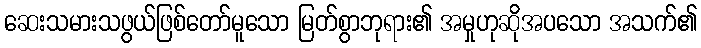
ဆေးသမားသဖွယ်ဖြစ်တော်မူသော မြတ်စွာဘုရား၏ အမှုဟုဆိုအပသော အသက်၏